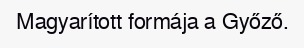
Magyarított formája a Győző.